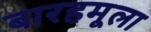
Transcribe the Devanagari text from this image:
बारहमूला